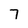
Character: 7